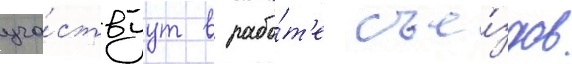
уча́ствуут в рабо́т'е съе́здов